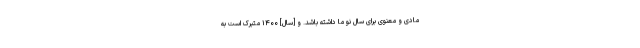
مادّی و معنوی برای سال نو ما داشته باشد. و [سال] ۱۴۰۰ متبرّک است به